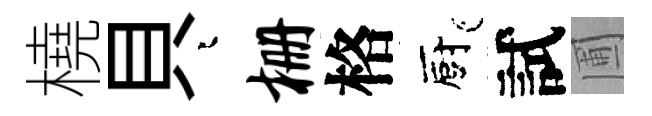
橈貝迢栅格廚試圃